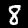
Label: 8